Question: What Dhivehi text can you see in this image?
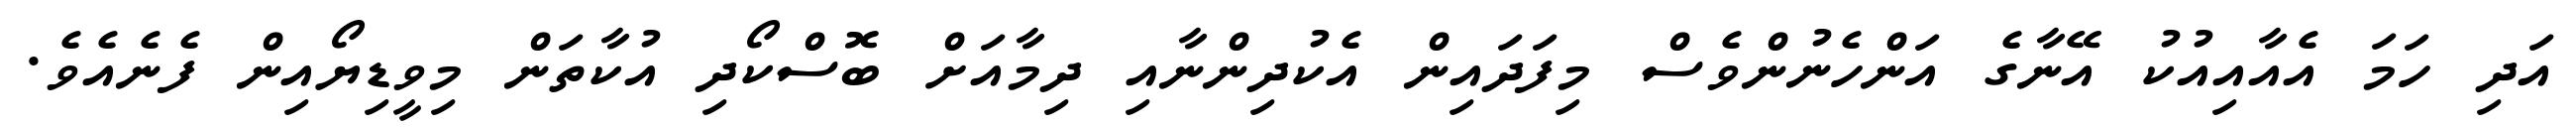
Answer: އަދި ހަމަ އެއާއިއުކު އޭނާގެ އަންހެނުންވެސް މިފަދައިން އެކުދިންނާއި ދިމާއަށް ބޮސްކޯދި އުކާތަން މިވީޑިޔޯއިން ފެނެއެވެ.